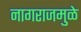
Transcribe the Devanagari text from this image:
नागराजमुळे